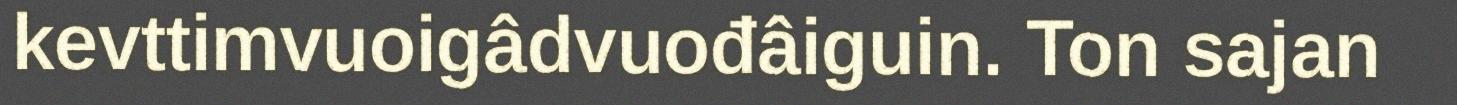
kevttimvuoigâdvuođâiguin. Ton sajan